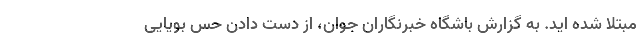
مبتلا شده اید. به گزارش باشگاه خبرنگاران جوان، از دست دادن حس بویایی